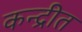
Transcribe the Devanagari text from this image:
कन्द्रीत